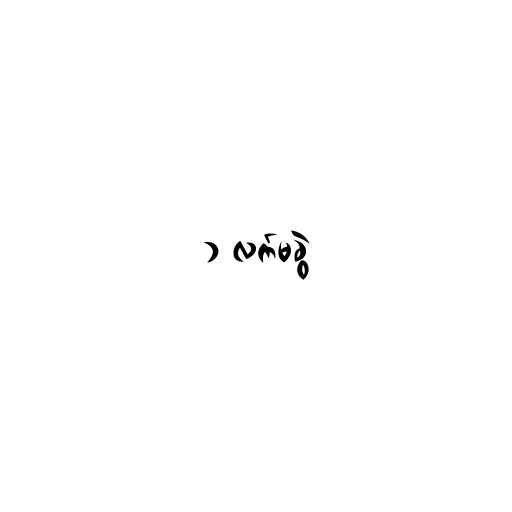
၁ လက်မခွဲ